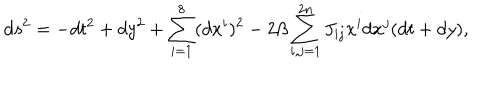
LaTeX: d s ^ { 2 } = - d t ^ { 2 } + d y ^ { 2 } + \sum _ { i = 1 } ^ { 8 } ( d x ^ { i } ) ^ { 2 } - 2 \beta \sum _ { i , j = 1 } ^ { 2 n } J _ { i j } x ^ { i } d x ^ { j } ( d t + d y ) ,